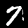
Digit: 7